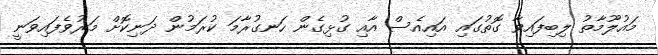
މައުލޫމާތު ލިބިފައިވާ ގޮތުގައި އައިއެސް އާއި ގުޅިގެން ހަނގުރާމަ ކުރަމުން ދަނިކޮށް މަރުވެފައިވަނީ